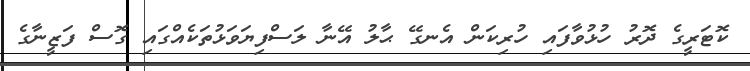
ކޮޓަރީގެ ދޮރު ހުޅުވާފައި ހުރިކަން އެނގޭ ޙާލު އޭނާ ލަސްފިޔަވަޅުތަކެއްގައި ގޮސް ފަޒީނާގެ